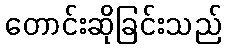
တောင်းဆိုခြင်းသည်